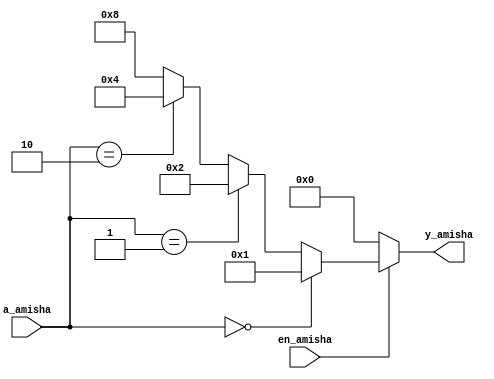
`timescale 1ns / 1ps
//////////////////////////////////////////////////////////////////////////////////
// Company: 
// Engineer: 
// 
// Design Name: 
// Module Name:    decoder_2_4_if_Amisha 
// Project Name: 
// Target Devices: 
// Tool versions: 
// Description: 
//
// Dependencies: 
//
// Revision: 
// Revision 0.01 - File Created
// Additional Comments: 
//
//////////////////////////////////////////////////////////////////////////////////
module decoder_2_4_if_Amisha(
    input [1:0] a_amisha,
    input en_amisha,
    output reg [3:0] y_amisha
    );
	 
	 always @* 
	 if (en_amisha == 1'b0)
	 y_amisha = 4'b0000;
	 else if (a_amisha == 2'b00)
	 y_amisha = 4'b0001;
	 else if (a_amisha == 2'b01)
	 y_amisha = 4'b0010;
	 else if (a_amisha == 2'b10)
	 y_amisha = 4'b0100;
	 else
	 y_amisha = 4'b1000;
endmodule